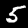
Label: 5